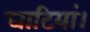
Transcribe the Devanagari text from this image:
घाटियां।